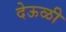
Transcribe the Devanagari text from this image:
देऊळी